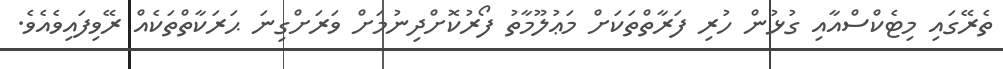
ތެރޭގައި މިޓެކްސްއާއި ގުޅުން ހުރި ފަރާތްތަކަށް މަޢުލޫމާތު ފޯރުކޮށްދިނުމަށް ވަރަށްގިނަ ޙަރަކާތްތަކެއް ރޭވިފައިވެއެވެ.